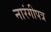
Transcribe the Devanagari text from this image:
नारंगीपत्र